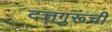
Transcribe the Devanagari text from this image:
दत्तगुरूंची